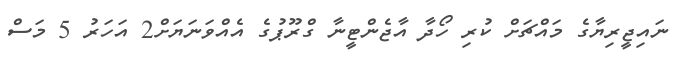
ނައިޖީރިޔާގެ މައްޗަށް ކުރި ހޯދާ އާޖެންޓީނާ ގްރޫޕުގެ އެއްވަނަޔަށް2 އަހަރު 5 މަސް